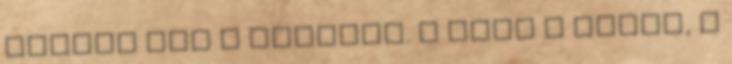
mozgat meg a reakció. A cigi a kézbe, a